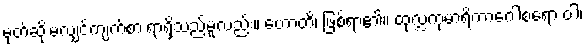
မုတ်ဆိုးမလျှင်ကျက်စားရာရှိသည်မူလည်း။ ဟောတိ၊ ဖြစ်ရာ၏။ ထုလ္လကုမာရိကာဂေါစရော ဝါ၊